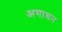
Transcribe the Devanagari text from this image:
अगाथन